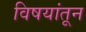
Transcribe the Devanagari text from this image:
विषयांतून